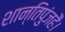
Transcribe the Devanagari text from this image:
शान्तिपुंजहैं।